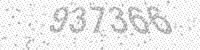
Solution: 937366